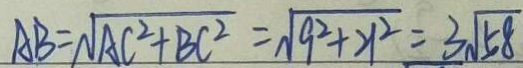
A B = \sqrt { A C ^ { 2 } + B C ^ { 2 } } = \sqrt { 9 ^ { 2 } + 2 1 ^ { 2 } } = 3 \sqrt { 5 8 }